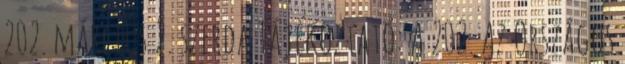
202. március 2. szerda Tájékoztató: A 202. Az Országos